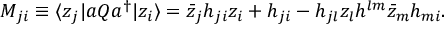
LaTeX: M _ { j i } \equiv \langle z _ { j } | a Q a ^ { \dagger } | z _ { i } \rangle = \bar { z } _ { j } h _ { j i } z _ { i } + h _ { j i } - h _ { j l } z _ { l } h ^ { l m } \bar { z } _ { m } h _ { m i } .